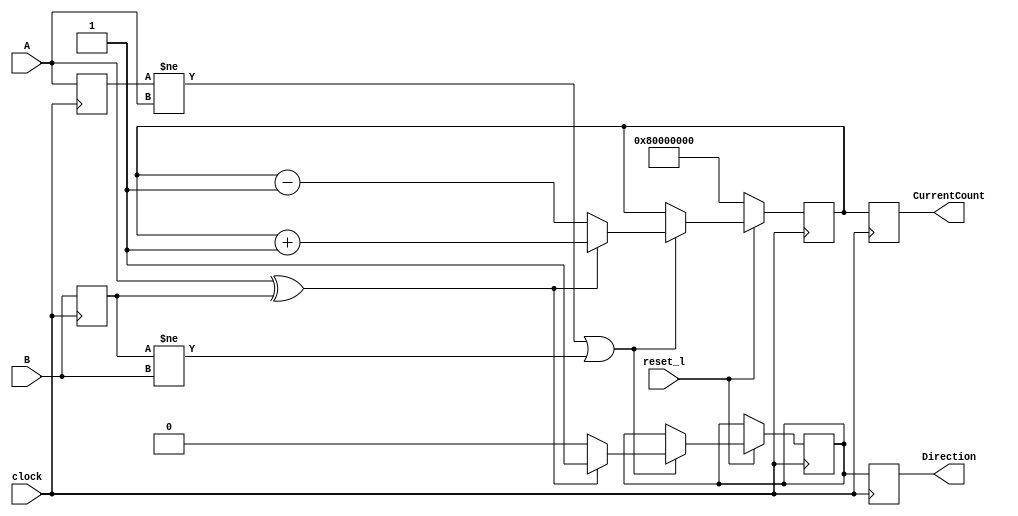
module BBot_SimpleQuadratureCounter(
    input clock,
	 input reset_l,
	 input A,
    input B,
    output [31:0] CurrentCount,
    output Direction
    );

reg BPrevious;
reg APrevious;
reg ACurrent;
reg BCurrent;
reg[31:0] Count;
reg[31:0] CountOutput;
reg Dir;
reg DirectionOutput;

always @(posedge clock) begin

	if (reset_l == 1'b0)
	begin
		Count[31:0] <= 32'h80000000;	
	end
	else
	begin
		if( (APrevious != A) || (BPrevious != B))
		begin
			//Every time A or B changes evaluate this XOR
			//If the result is 1 we count up if it's 0 we count down
			if (A ^ BPrevious)
			begin
				Count <= Count + 1'b1;
				Dir <= 1'b1;
			end
			else begin
				Count <= Count - 1'b1;
				Dir <= 1'b0;
			end
		end
	end
end

always @(negedge clock) begin
		//On the negedge of clock set the previous values and 
		//send the count out the door
		APrevious <= A;		
		BPrevious <= B;
		CountOutput <= Count;
		DirectionOutput <= Dir;
end

assign CurrentCount = CountOutput;
assign Direction = DirectionOutput;

endmodule